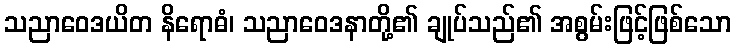
သညာဝေဒယိတ နိရောဓံ၊ သညာဝေဒနာတို့၏ ချုပ်သည်၏ အစွမ်းဖြင့်ဖြစ်သော